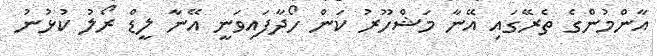
އާންމުންގެ ތެރޭގައި އޭނާ މަޝްހޫރު ކަން ހޯދާފައިވަނީ އޭނާ ލީޑް ރޯލު ކުޅުނު